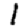
Digit: 1